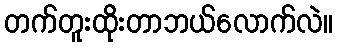
တက်တူးထိုးတာဘယ်လောက်လဲ။